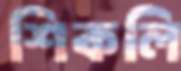
শিকলি